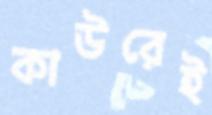
কাউরেই